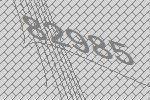
82985